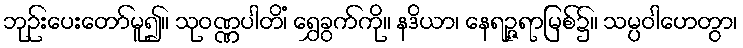
ဘုဉ်းပေးတော်မူ၍။ သုဝဏ္ဏပါတိံ၊ ရွှေခွက်ကို။ နဒိယာ၊ နေရဉ္ဇရာမြစ်၌။ သမ္ပဝါဟေတွာ၊